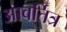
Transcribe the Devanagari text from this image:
आवर्तित्र